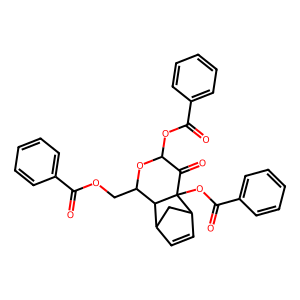
SMILES: O=C(OCC1OC(OC(=O)c2ccccc2)C(=O)C2(OC(=O)c3ccccc3)C3C=CC(C3)C12)c1ccccc1
Inhibits HIV replication: No